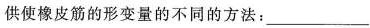
供使橡皮筋的形变量的不同的方法：___